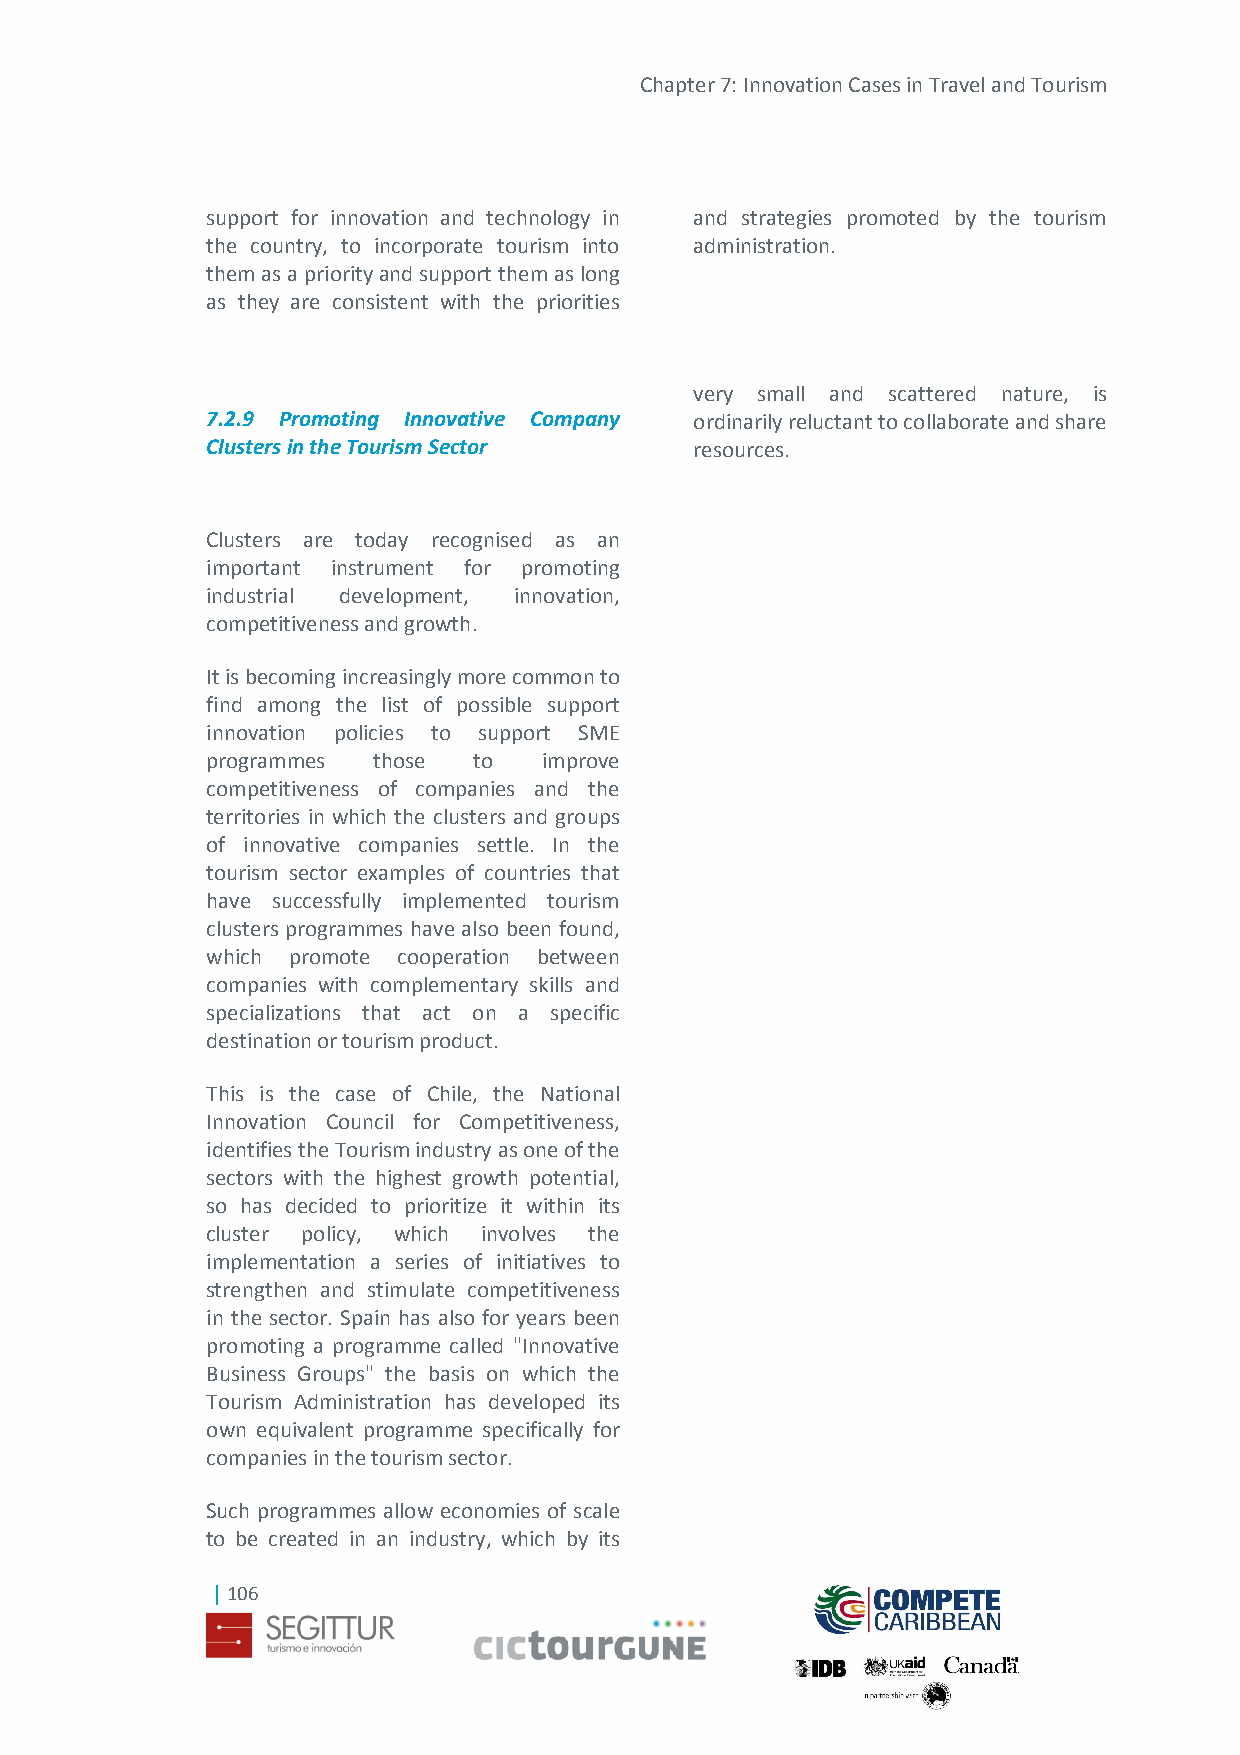
Chapter 7: Innovation Cases in Travel and Tourism
 support for innovation and technology in and strategies promoted by the tourism
 the country, to incorporate tourism into administration.
 them as a priority and support them as long
 as they are consistent with the priorities
 very small and scattered nature, is
 7.2.9 Promoting Innovative Company ordinarily reluctant to collaborate and share
 Clusters in the Tourism Sector  resources.
 Clusters are today recognised as an
 important instrument for promoting
 industrial development, innovation,
 competitiveness and growth.
 It is becoming increasingly more common to
 find among the list of possible support
 innovation policies to support SME
 programmes those to   improve
 competitiveness of companies and the
 territories in which the clusters and groups
 of innovative companies settle. In the
 tourism sector examples of countries that
 have successfully implemented tourism
 clusters programmes have also been found,
 which promote cooperation between
 companies with complementary skills and
 specializations that act on a specific
 destination or tourism product.
 This is the case of Chile, the National
 Innovation Council for Competitiveness,
 identifies the Tourism industry as one of the
 sectors with the highest growth potential,
 so has decided to prioritize it within its
 cluster policy, which involves the
 implementation a series of initiatives to
 strengthen and stimulate competitiveness
 in the sector. Spain has also for years been
 promoting a programme called "Innovative
 Business Groups" the basis on which the
 Tourism Administration has developed its
 own equivalent programme specifically for
 companies in the tourism sector.
 Such programmes allow economies of scale
 to be created in an industry, which by its
 | 106